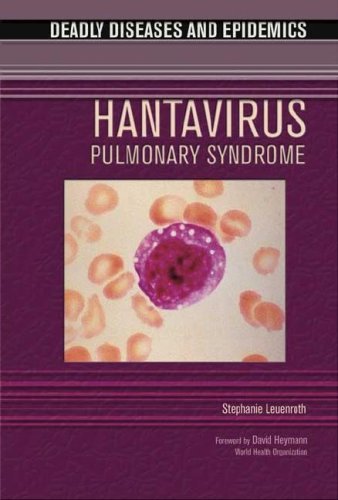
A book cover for Hantavirus Pulmonary Syndrome (Deadly Diseases and Epidemics); Stephanie J. Leuenroth; Teen & Young Adult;